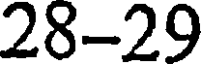
28-29